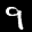
Label: 9